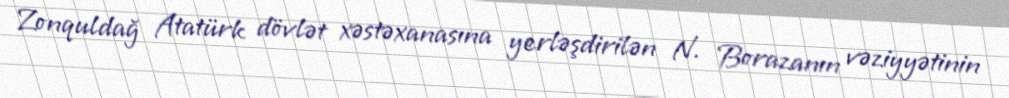
Zonquldağ Atatürk dövlət xəstəxanasına yerləşdirilən N. Borazanın vəziyyətinin